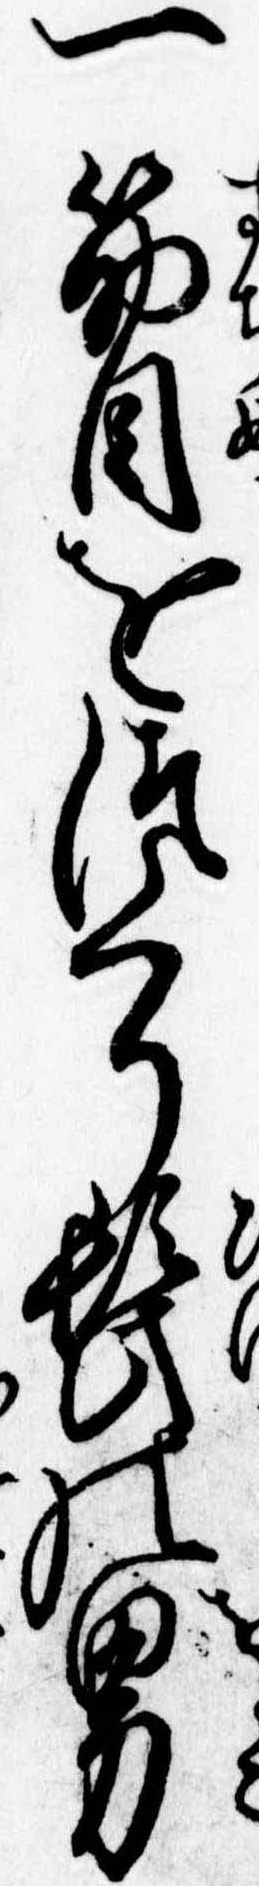
一筋目をつくり髭の男